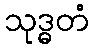
သုဒ္ဓတံ